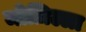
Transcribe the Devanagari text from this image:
मोज़िल्ला